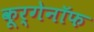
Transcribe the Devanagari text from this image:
कूर्गेनॉफ